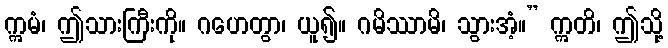
ဣမံ၊ ဤသားကြီးကို။ ဂဟေတွာ၊ ယူ၍။ ဂမိဿာမိ၊ သွားအံ့။” ဣတိ၊ ဤသို့